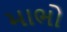
માભો